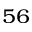
^ { 5 6 }